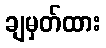
ချမှတ်ထား